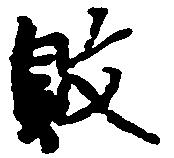
敗